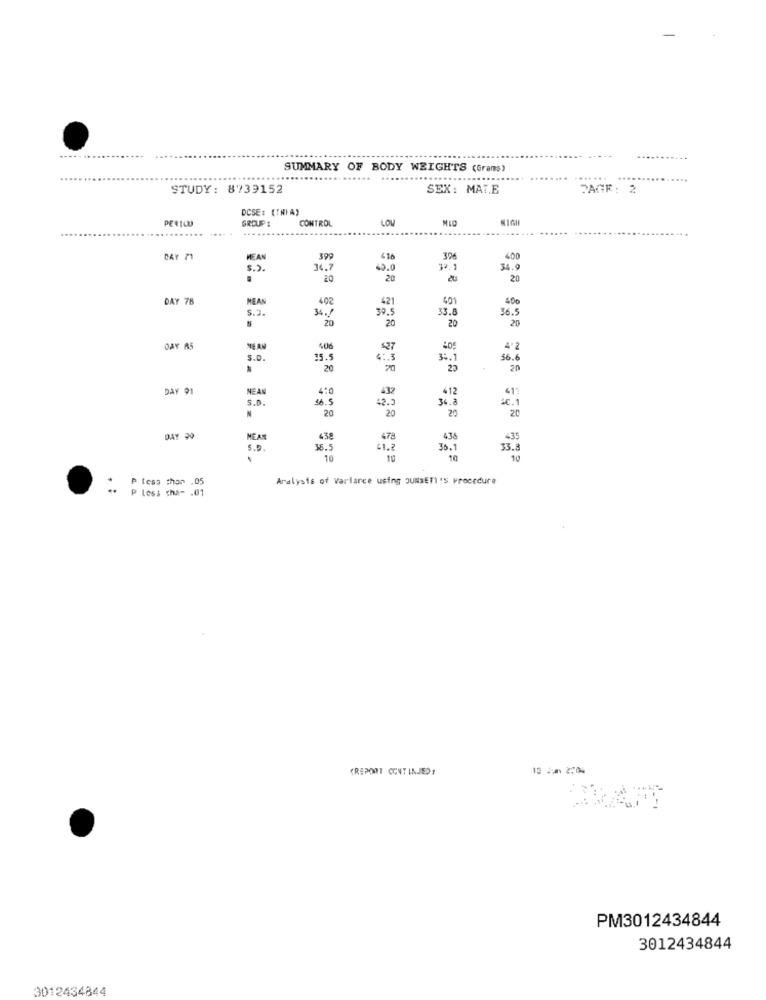
.......
SUMMARY OF BODY WEIGHTS (Grams)
....
.............
STUDY: 8739152
SEX: MAT.E
PAGE: 2
DCSE: (THI A)
PERIOD
GROUP :
CONTROL
LOV
DAY 71
MEAN
399
416
396
400
$.).
34.7
69.0
34.6
20
20
20
DAY 78
MEAN
402
421
401
400
5.3.
34.
39.9
33.8
36.5
20
20
20
20
DAY 85
TEAM
406
527
405
4º2
S.o.
35.5
6:3
34.1
56.
.
20
70
20
20
DAY 91
NEAN
4:0
432
412
413
S.D.
46.5
42.9
34.
sc.
20
20
20
20
N
MEAN
438
478
436
435
S. D .
36.5
36.
33.
10
10
10
10
Aralysis of Variarce using JUNSETT'S Procedure
: P less than .05
P less cha - . 01
(REPORT CENT INJED:
15 2 2204
PM3012434844
3012434844
3012434844